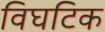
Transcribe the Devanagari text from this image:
विघटिक